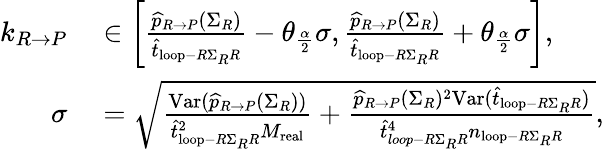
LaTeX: \begin{array}{rl}{k_{R\rightarrow P}}&{{}\in\left[\frac{\widehat{p}_{R\rightarrow P}(\Sigma_{R})}{\widehat{t}_{\mathrm{loop}-R\Sigma_{R}R}}-\theta_{\frac{\alpha}{2}}\sigma,\frac{\widehat{p}_{R\rightarrow P}(\Sigma_{R})}{\widehat{t}_{\mathrm{loop}-R\Sigma_{R}R}}+\theta_{\frac{\alpha}{2}}\sigma\right],}\\ {\sigma}&{{}=\sqrt{\frac{\mathrm{Var}(\widehat{p}_{R\rightarrow P}(\Sigma_{R}))}{\widehat{t}_{\mathrm{loop}-R\Sigma_{R}R}^{2}M_{\mathrm{real}}}+\frac{\widehat{p}_{R\rightarrow P}(\Sigma_{R})^{2}\mathrm{Var}(\widehat{t}_{\mathrm{loop}-R\Sigma_{R}R})}{\widehat{t}_{loop-R\Sigma_{R}R}^{4}n_{\mathrm{loop}-R\Sigma_{R}R}}},}\end{array}